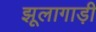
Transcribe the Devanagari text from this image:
झूलागाड़ी